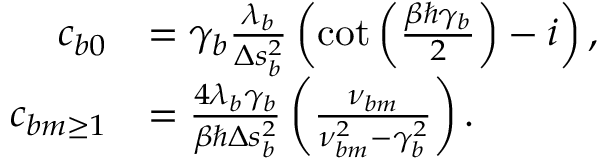
\begin{array} { r l } { c _ { b 0 } } & { = \gamma _ { b } \frac { \lambda _ { b } } { \Delta s _ { b } ^ { 2 } } \left( \cot \left( \frac { \beta \hbar \gamma _ { b } } { 2 } \right) - i \right) , } \\ { c _ { b m \ge 1 } } & { = \frac { 4 \lambda _ { b } \gamma _ { b } } { \beta \hbar \Delta s _ { b } ^ { 2 } } \left( \frac { \nu _ { b m } } { \nu _ { b m } ^ { 2 } - \gamma _ { b } ^ { 2 } } \right) . } \end{array}